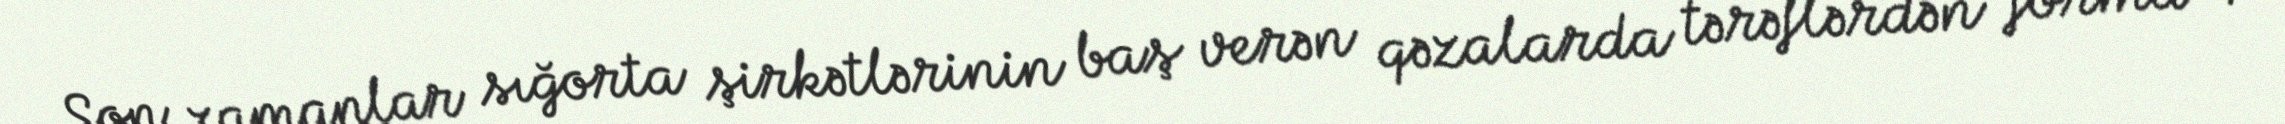
Son zamanlar sığorta şirkətlərinin baş verən qəzalarda tərəflərdən forma 4